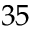
3 5